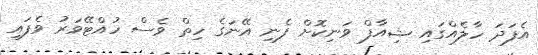
އެފަދަ ހާލެއްގައި ޝިއާފް ވަނިކޮށް ފެނި އޭނަގެ ހިތް ވެސް ހުއްޓޭވަރު ވެފައި